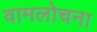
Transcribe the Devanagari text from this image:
वामलोचना